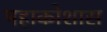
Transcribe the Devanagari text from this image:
महाकोशास